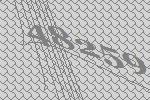
48259